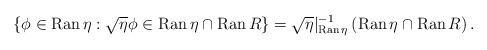
LaTeX: \begin{align*}\left\{ \phi\in\operatorname{Ran}\eta:\sqrt{\eta}\phi\in\operatorname{Ran}\eta\cap\operatorname{Ran}R\right\} =\sqrt{\eta}|_{\operatorname{Ran}\eta}^{-1}\left( \operatorname{Ran}\eta\cap\operatorname{Ran}R\right) .\end{align*}